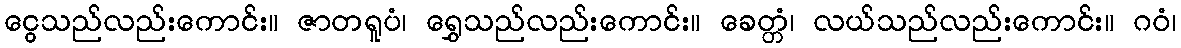
ငွေသည်လည်းကောင်း။ ဇာတရူပံ၊ ရွှေသည်လည်းကောင်း။ ခေတ္တံ၊ လယ်သည်လည်းကောင်း။ ဂဝံ၊